Indian Medical Review
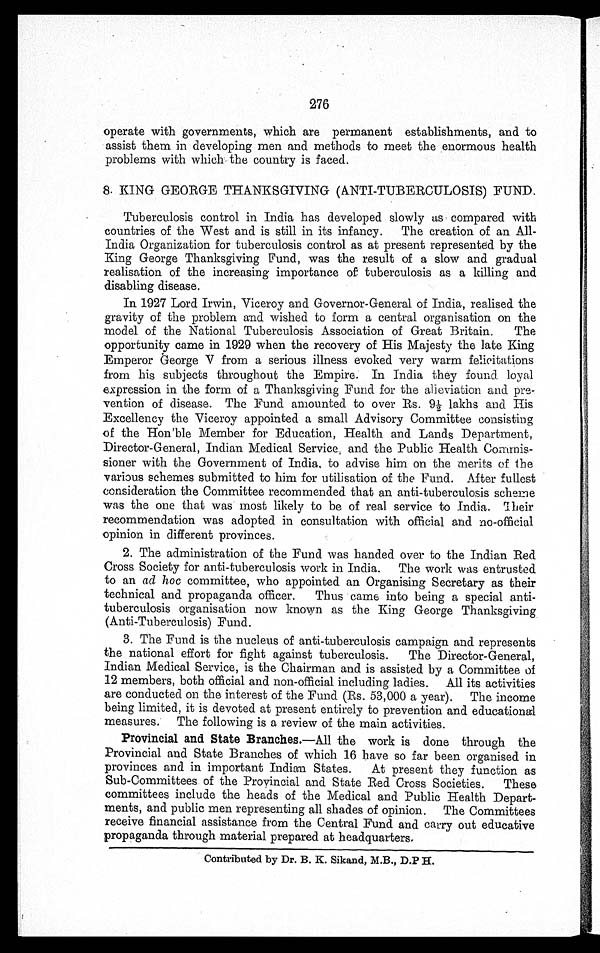
276
operate with governments, which are permanent establishments., and to
assist them in developing men and methods to meet the enormous health
problems with which the country is faced.
8. KING GEORGE THANKSGIVING (ANTI-TUBERCULOSIS) FUND.
Tuberculosis control in India has developed slowly as compared with
countries of the West and is still in its infancy. The creation of an All-
India Organization for tuberculosis control as at present represented by the
King George Thanksgiving Fund, was the result of a slow and gradual
realisation of the increasing importance of tuberculosis as a killing and
disabling disease.
In 1927 Lord Irwin, Viceroy and Governor-General of India, realised the
gravity of the problem and wished to form a central organisation on the
model of the National Tuberculosis Association of Great Britain. The
opportunity came in 1929 when the recovery of His Majesty the late King
Emperor George V from a serious illness evoked very warm felicitations
from his subjects throughout the Empire. In India they found loyal
expression in the form of a Thanksgiving Fund for the alleviation and pre
-
vention of disease. The Fund amounted to over Rs. 9½ lakhs and His
Excellency the Viceroy appointed a small Advisory Committee consisting
of the Hon'ble Member for Education, Health and Lands Department,
Director-General, Indian Medical Service, and the Public Health Commis
-
sioner with the Government of India, to advise him on the merits of the
various schemes submitted to him for utilisation of the Fund. After fullest
consideration the Committee recommended that an anti-tuberculosis scheme
was the one that was most likely to be of real service to India. Their
recommendation was adopted in consultation with official and no-official
opinion in different provinces.
2. The administration of the Fund was handed over to the Indian Red
Cross Society for anti-tuberculosis work in India. The work was entrusted
to an ad hoc committee, who appointed an Organising Secretary as their
technical and propaganda officer. Thus came into being a special anti
-
tuberculosis organisation now known as the King George Thanksgiving
(Anti-Tuberculosis) Fund.
3. The Fund is the nucleus of anti-tuberculosis campaign and represents
the national effort for fight against tuberculosis. The Director-General,
Indian Medical Service, is the Chairman and is assisted by a Committee of
12 members, both official and non-official including ladies. All its activities
are conducted on the interest of the Fund (Rs. 53,000 a year). The income
being limited, it is devoted at present entirely to prevention and educational
measures. The following is a review of the main activities.
Provincial and State Branches.— All the work is done through the
Provincial and State Branches of which 16 have so far been organised in
provinces and in important Indian States. At present they function as
Sub-Committees of the Provincial and State Red Cross Societies. These
committees include the heads of the Medical and Public Health Depart
-
ments, and public men representing all shades of opinion. The Committees
receive financial assistance from the Central Fund and carry out educative
propaganda through material prepared at headquarters.
Contributed by Dr. B. K. Sikand, M.B., D.P.H.